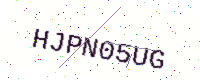
Text: HJPN05UG